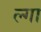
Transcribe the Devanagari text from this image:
ल्गा